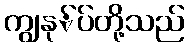
ကျွနု်ပ်တို့သည်